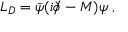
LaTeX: { \cal L } _ { D } = \bar { \psi } ( i \partial \! \! \! / - M ) \psi \; ,